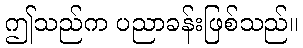
ဤသည်က ပညာခန်းဖြစ်သည်။